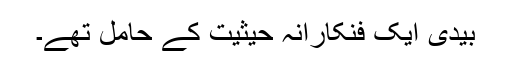
بیدی ایک فنکارانہ حیثیت کے حامل تھے۔